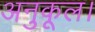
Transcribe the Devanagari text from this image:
अनुकूल।